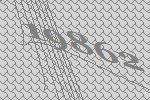
19862